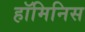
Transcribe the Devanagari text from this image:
हॉमिनिस